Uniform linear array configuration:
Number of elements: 32
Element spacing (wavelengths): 0.5
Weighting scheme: cosine
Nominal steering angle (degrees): -60
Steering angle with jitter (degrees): -61.498
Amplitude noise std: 0.05
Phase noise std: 0.05

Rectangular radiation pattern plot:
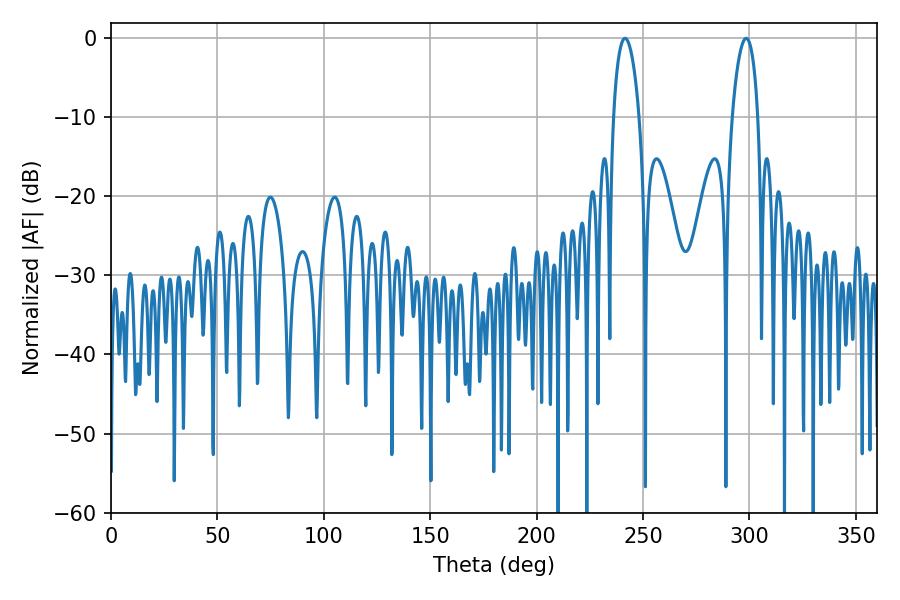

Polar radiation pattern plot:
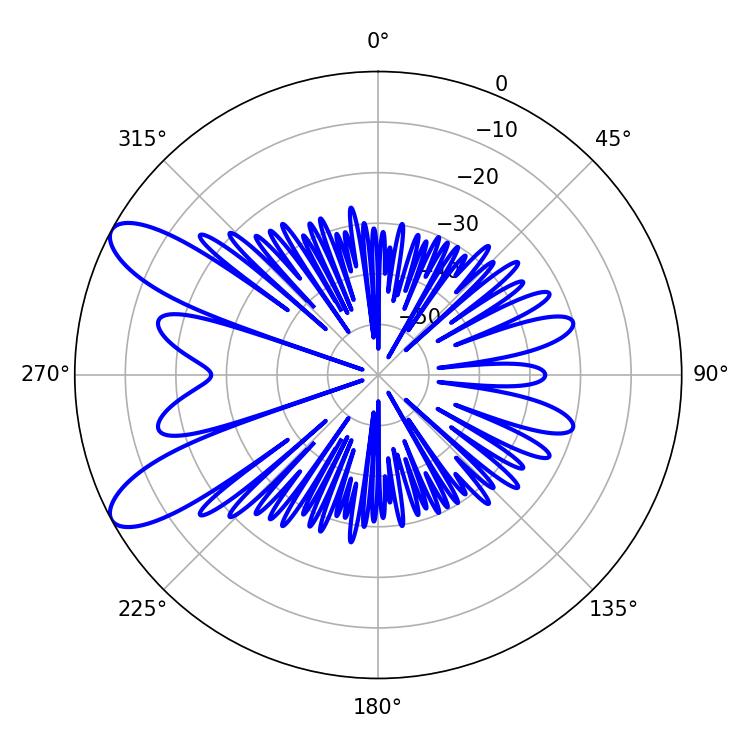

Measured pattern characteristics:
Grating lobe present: FALSE
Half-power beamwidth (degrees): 6.84
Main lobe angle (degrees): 241.56